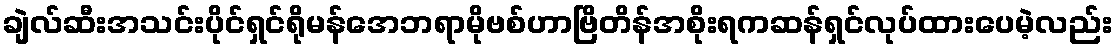
ချဲလ်ဆီးအသင်းပိုင်ရှင်ရိုမန်အေဘရာမိုဗစ်ဟာဗြိတိန်အစိုးရကဆန်ရှင်လုပ်ထားပေမဲ့လည်း